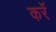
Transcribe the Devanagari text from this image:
करॅ